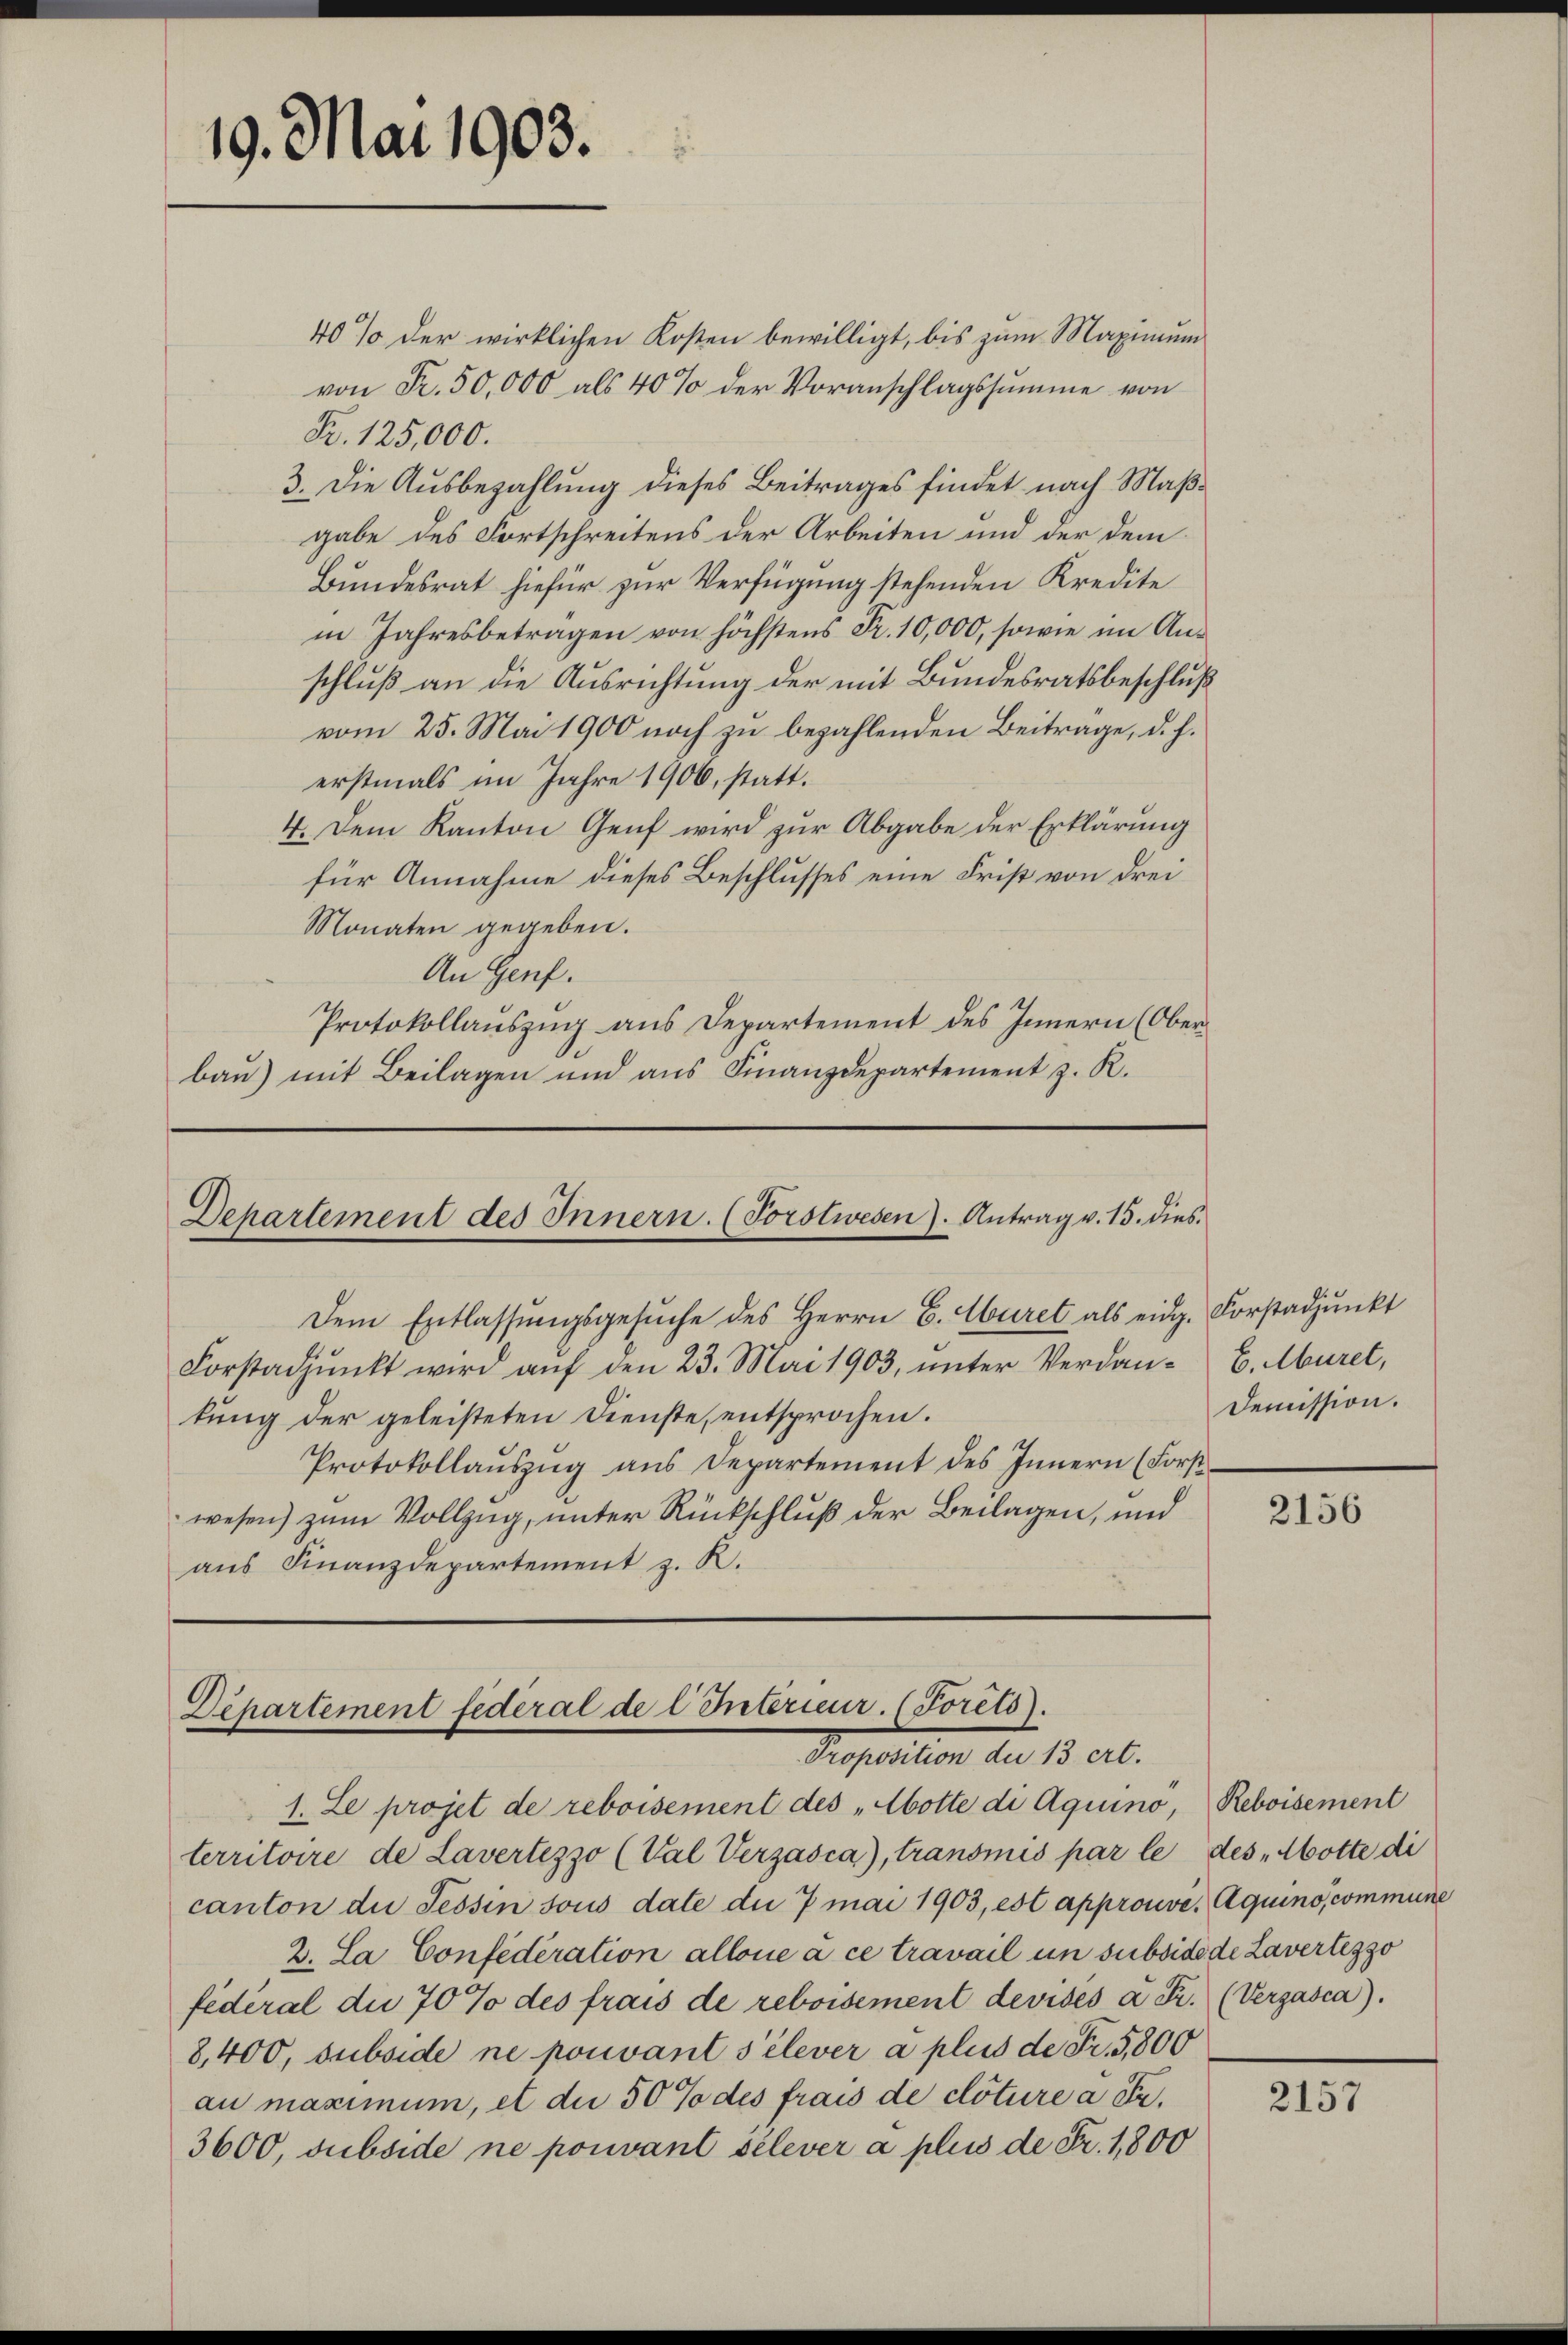
40% der wirklichen Kosten bewilligt, bis zum Maximum
von Fr. 50,000 als 40% der Voranschlagssumme von
Fr. 125,000.
3. Die Ausbezahlung dieses Beitrages findet nach Maßgabe des Fortschreitens der Arbeiten und der dem
Bundesrat hiefür zur Verfügung stehenden Kredite
in Jahresbetragen von höchstens Fr. 10,000, sowie im Anschluß an die Ausrichtung der mit Bundesratsbeschluß
vom 25. Mai 1900 noch zu bezahlenden Beitrage, d. h.
erstmals im Jahre 1906, statt.
4. Dem Kanton Genf wird zur Abgabe der Erklärung
für Annahme dieses Beschlusses eine Frist von drei
Monaten gegeben.
An Genf.
Protokollauszug aus Departement des Innern (Oberbau) mit Beilagen und aus Finanzdepartement z. R.

19. Mai 1903.

Departement des Innern. (Forstwesen. Antrag v. 15. dies

Dem Entlassungsgesuche des Herrn C. Auret als eidg. Forstadjunkt
Forstadpŭnkt wird aŭf den 23. Mai 1903, ŭnter Verdan- B. Muret,
kung der geleisteten Dienste, entsprochen.
Protokollaŭszŭg ans Departement des Innern (Forstwesen) zum Vollzug, unter Rückschluß der Beilagen, und
aus Finanzdepartement z. R.

Departement federal de l Intérieur. (Forts).
Proposition die 13 crt.

1. Le projet de reboisement des „Abotte di Aquino, Reboisement
territoire de Lavertezzo (Val Verzasca), transmis par le des „Abotte di
canton die Tessin sous date die 7 mai 1903, est approuve, Aquino, commune
2. La Confederation allone à ce travail um subside de Lavertezzo
fédéral die 70 % des frais de reboisement devisés à Fr. (Vergasca).
8,400, subside ne pouvant s’élever à plus de Fr. 5800
au maximum, et die 50% des frais de clôture à Fr.
3600, subside ne pouvant selever à plus de Fr. 1,800

Demission.

2156

2157